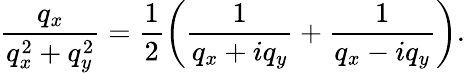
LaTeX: \frac{{{q}_{x}}}{q_{x}^{2}+q_{y}^{2}}=\frac{1}{2}\left(\frac{1}{{{q}_{x}}+i{{q}_{y}}}+\frac{1}{{{q}_{x}}-i{{q}_{y}}}\right).